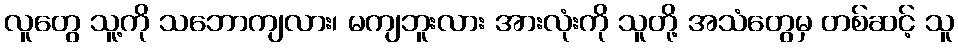
လူတွေ သူ့ကို သဘောကျလား၊ မကျဘူးလား အားလုံးကို သူတို့ အသံတွေမှ တစ်ဆင့် သူ